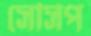
সেসিপ